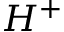
H ^ { + }